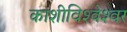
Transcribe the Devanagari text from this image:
काशीविश्‍वेश्‍वर